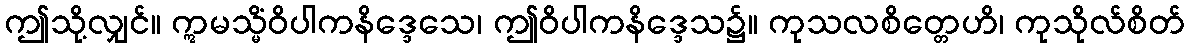
ဤသို့လျှင်။ ဣမသ္မိံဝိပါကနိဒ္ဒေသေ၊ ဤဝိပါကနိဒ္ဒေသ၌။ ကုသလစိတ္တေဟိ၊ ကုသိုလ်စိတ်